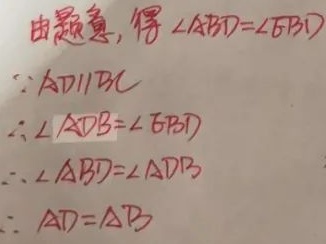
由题意，得\(\angle ABD = \angle CBD\)。
\(\because AD\parallel BC\)
\(\therefore \angle ADB = \angle CBD\)
\(\therefore \angle ABD = \angle ADB\)
\(\therefore AD = AB\)